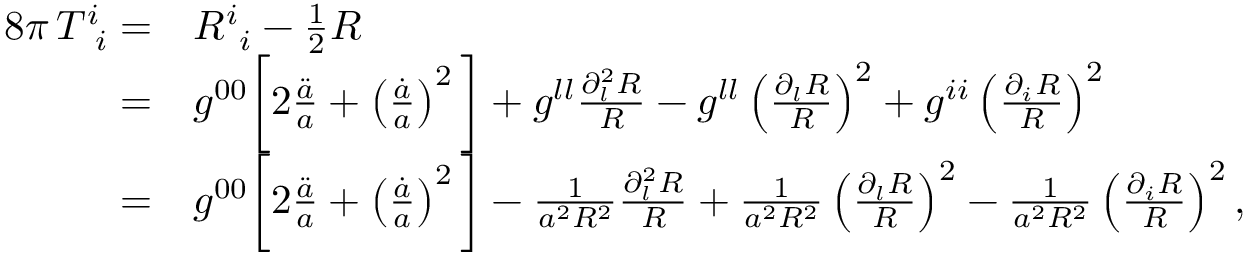
\begin{array} { r l } { 8 \pi \, T _ { \, \, \, i } ^ { i } = } & { R _ { \, \, \, i } ^ { i } - \frac { 1 } { 2 } R } \\ { = } & { g ^ { 0 0 } \bigg [ 2 \frac { \ddot { a } } { a } + \left( \frac { \dot { a } } { a } \right) ^ { 2 } \bigg ] + g ^ { l l } \frac { \partial _ { l } ^ { 2 } R } { R } - g ^ { l l } \left( \frac { \partial _ { l } R } { R } \right) ^ { 2 } + g ^ { i i } \left( \frac { \partial _ { i } R } { R } \right) ^ { 2 } } \\ { = } & { g ^ { 0 0 } \bigg [ 2 \frac { \ddot { a } } { a } + \left( \frac { \dot { a } } { a } \right) ^ { 2 } \bigg ] - \frac { 1 } { a ^ { 2 } R ^ { 2 } } \frac { \partial _ { l } ^ { 2 } R } { R } + \frac { 1 } { a ^ { 2 } R ^ { 2 } } \left( \frac { \partial _ { l } R } { R } \right) ^ { 2 } - \frac { 1 } { a ^ { 2 } R ^ { 2 } } \left( \frac { \partial _ { i } R } { R } \right) ^ { 2 } , } \end{array}